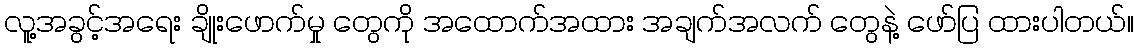
လူ့အခွင့်အရေး ချိုးဖောက်မှု တွေကို အထောက်အထား အချက်အလက် တွေနဲ့ ဖော်ပြ ထားပါတယ်။